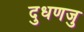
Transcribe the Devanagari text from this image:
दुधणजु